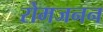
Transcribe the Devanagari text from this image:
रोमजनन